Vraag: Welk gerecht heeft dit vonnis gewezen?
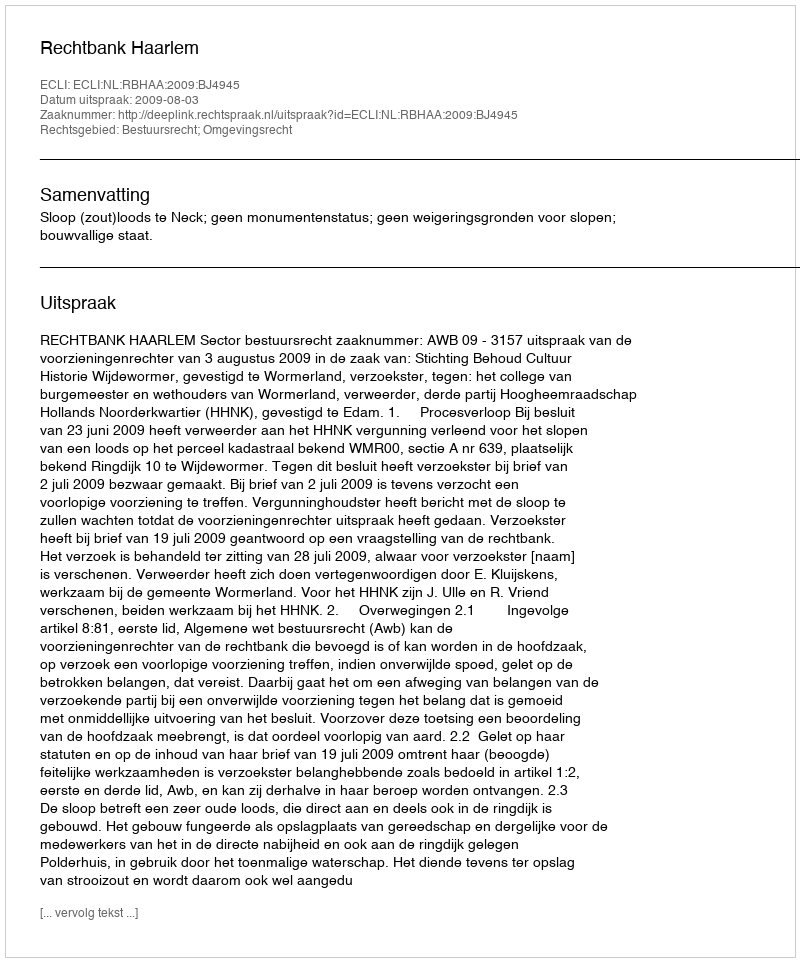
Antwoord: Rechtbank Haarlem